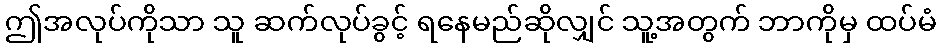
ဤအလုပ်ကိုသာ သူ ဆက်လုပ်ခွင့် ရနေမည်ဆိုလျှင် သူ့အတွက် ဘာကိုမှ ထပ်မံ